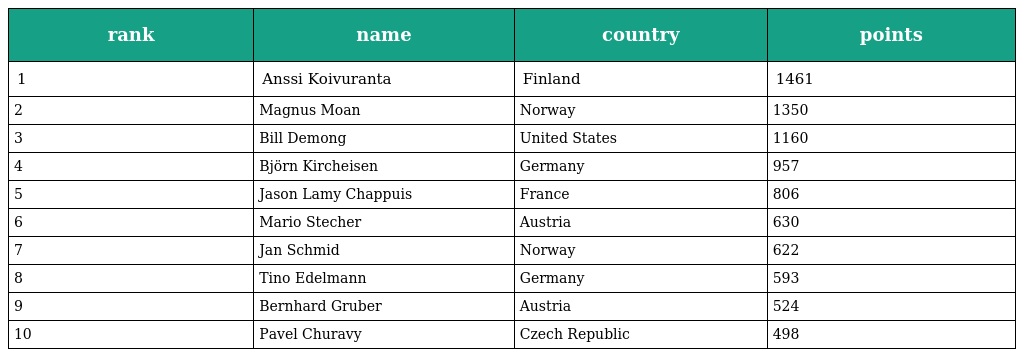
| rank | name | country | points |
 | --- | --- | --- | --- |
 | 1 | Anssi Koivuranta | Finland | 1461 |
 | 2 | Magnus Moan | Norway | 1350 |
 | 3 | Bill Demong | United States | 1160 |
 | 4 | Björn Kircheisen | Germany | 957 |
 | 5 | Jason Lamy Chappuis | France | 806 |
 | 6 | Mario Stecher | Austria | 630 |
 | 7 | Jan Schmid | Norway | 622 |
 | 8 | Tino Edelmann | Germany | 593 |
 | 9 | Bernhard Gruber | Austria | 524 |
 | 10 | Pavel Churavy | Czech Republic | 498 |